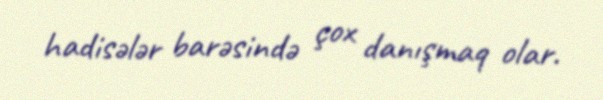
hadisələr barəsində çox danışmaq olar.